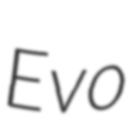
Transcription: Evo